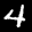
Label: 4